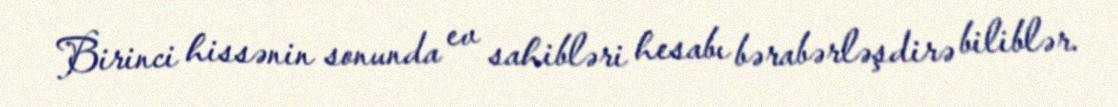
Birinci hissənin sonunda ev sahibləri hesabı bərabərləşdirə biliblər.